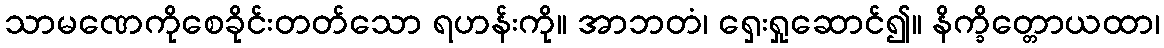
သာမဏေကိုစေခိုင်းတတ်သော ရဟန်းကို။ အာဘတံ၊ ရှေးရှုဆောင်၍။ နိက္ခိတ္တောယထာ၊